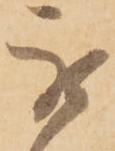
被